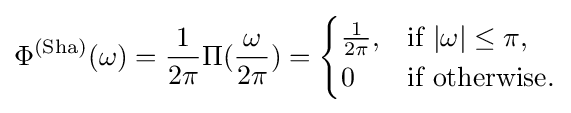
\Phi ^{\text{(Sha)}}(\omega )={\frac {1}{2\pi }}\Pi ({\frac {\omega }{2\pi }})={\begin{cases}{\frac {1}{2\pi }},&{\mbox{if }}{|\omega |\leq \pi },\\0&{\mbox{if }}{\mbox{otherwise}}.\\\end{cases}}